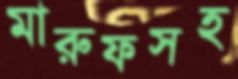
মারুফসহ